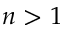
n > 1